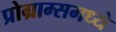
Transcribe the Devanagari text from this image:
प्रोग्राम्समध्ये